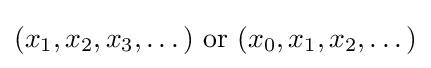
(x_{1},x_{2},x_{3},\dots ){\text{ or }}(x_{0},x_{1},x_{2},\dots )